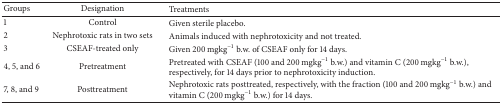
<table><thead><tr><td><b>Groups</b></td><td><b>Designation</b></td><td><b>Treatments</b></td></tr></thead><tbody><tr><td>1</td><td>Control</td><td>Given sterile placebo.</td></tr><tr><td>2</td><td>Nephrotoxic rats in two sets</td><td>Animals induced with nephrotoxicity and not treated.</td></tr><tr><td>3</td><td>CSEAF-treated only</td><td>Given 200 mgkg<sup>−1</sup> b.w. of CSEAF only for 14 days.</td></tr><tr><td>4, 5, and 6</td><td>Pretreatment</td><td>Pretreated with CSEAF (100 and 200 mgkg<sup>−1</sup> b.w.) and vitamin C (200 mgkg<sup>−1</sup> b.w.), respectively, for 14 days prior to nephrotoxicity induction.</td></tr><tr><td>7, 8, and 9</td><td>Posttreatment</td><td>Nephrotoxic rats posttreated, respectively, with the fraction (100 and 200 mgkg<sup>−1</sup> b.w.) and vitamin C (200 mgkg<sup>−1</sup> b.w.) for 14 days.</td></tr></tbody></table>